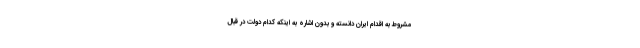
مشروط به اقدام ایران دانسته و بدون اشاره به اینکه کدام دولت در قبال